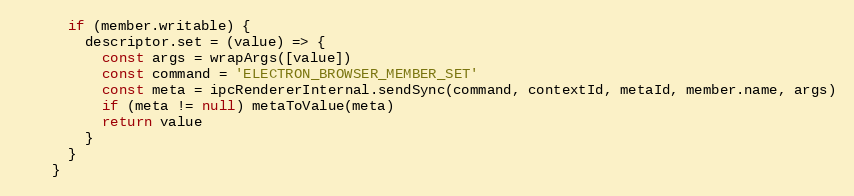
Language: JavaScript
      if (member.writable) {
        descriptor.set = (value) => {
          const args = wrapArgs([value])
          const command = 'ELECTRON_BROWSER_MEMBER_SET'
          const meta = ipcRendererInternal.sendSync(command, contextId, metaId, member.name, args)
          if (meta != null) metaToValue(meta)
          return value
        }
      }
    }